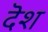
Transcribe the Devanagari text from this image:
दॆश